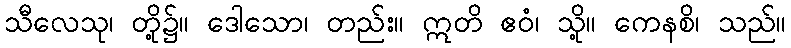
သီလေသု၊ တို့၌။ ဒေါသော၊ တည်း။ ဣတိ ဧဝံ၊ သို့။ ကေနစိ၊ သည်။